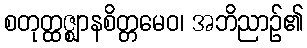
စတုတ္ထဇ္ဈာနစိတ္တမေဝ၊ အဘိညာဉ်၏